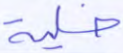
خلية